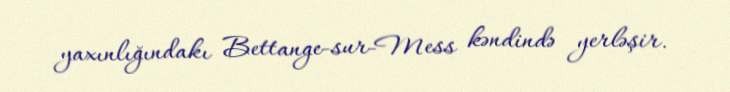
yaxınlığındakı Bettange-sur-Mess kəndində yerləşir.